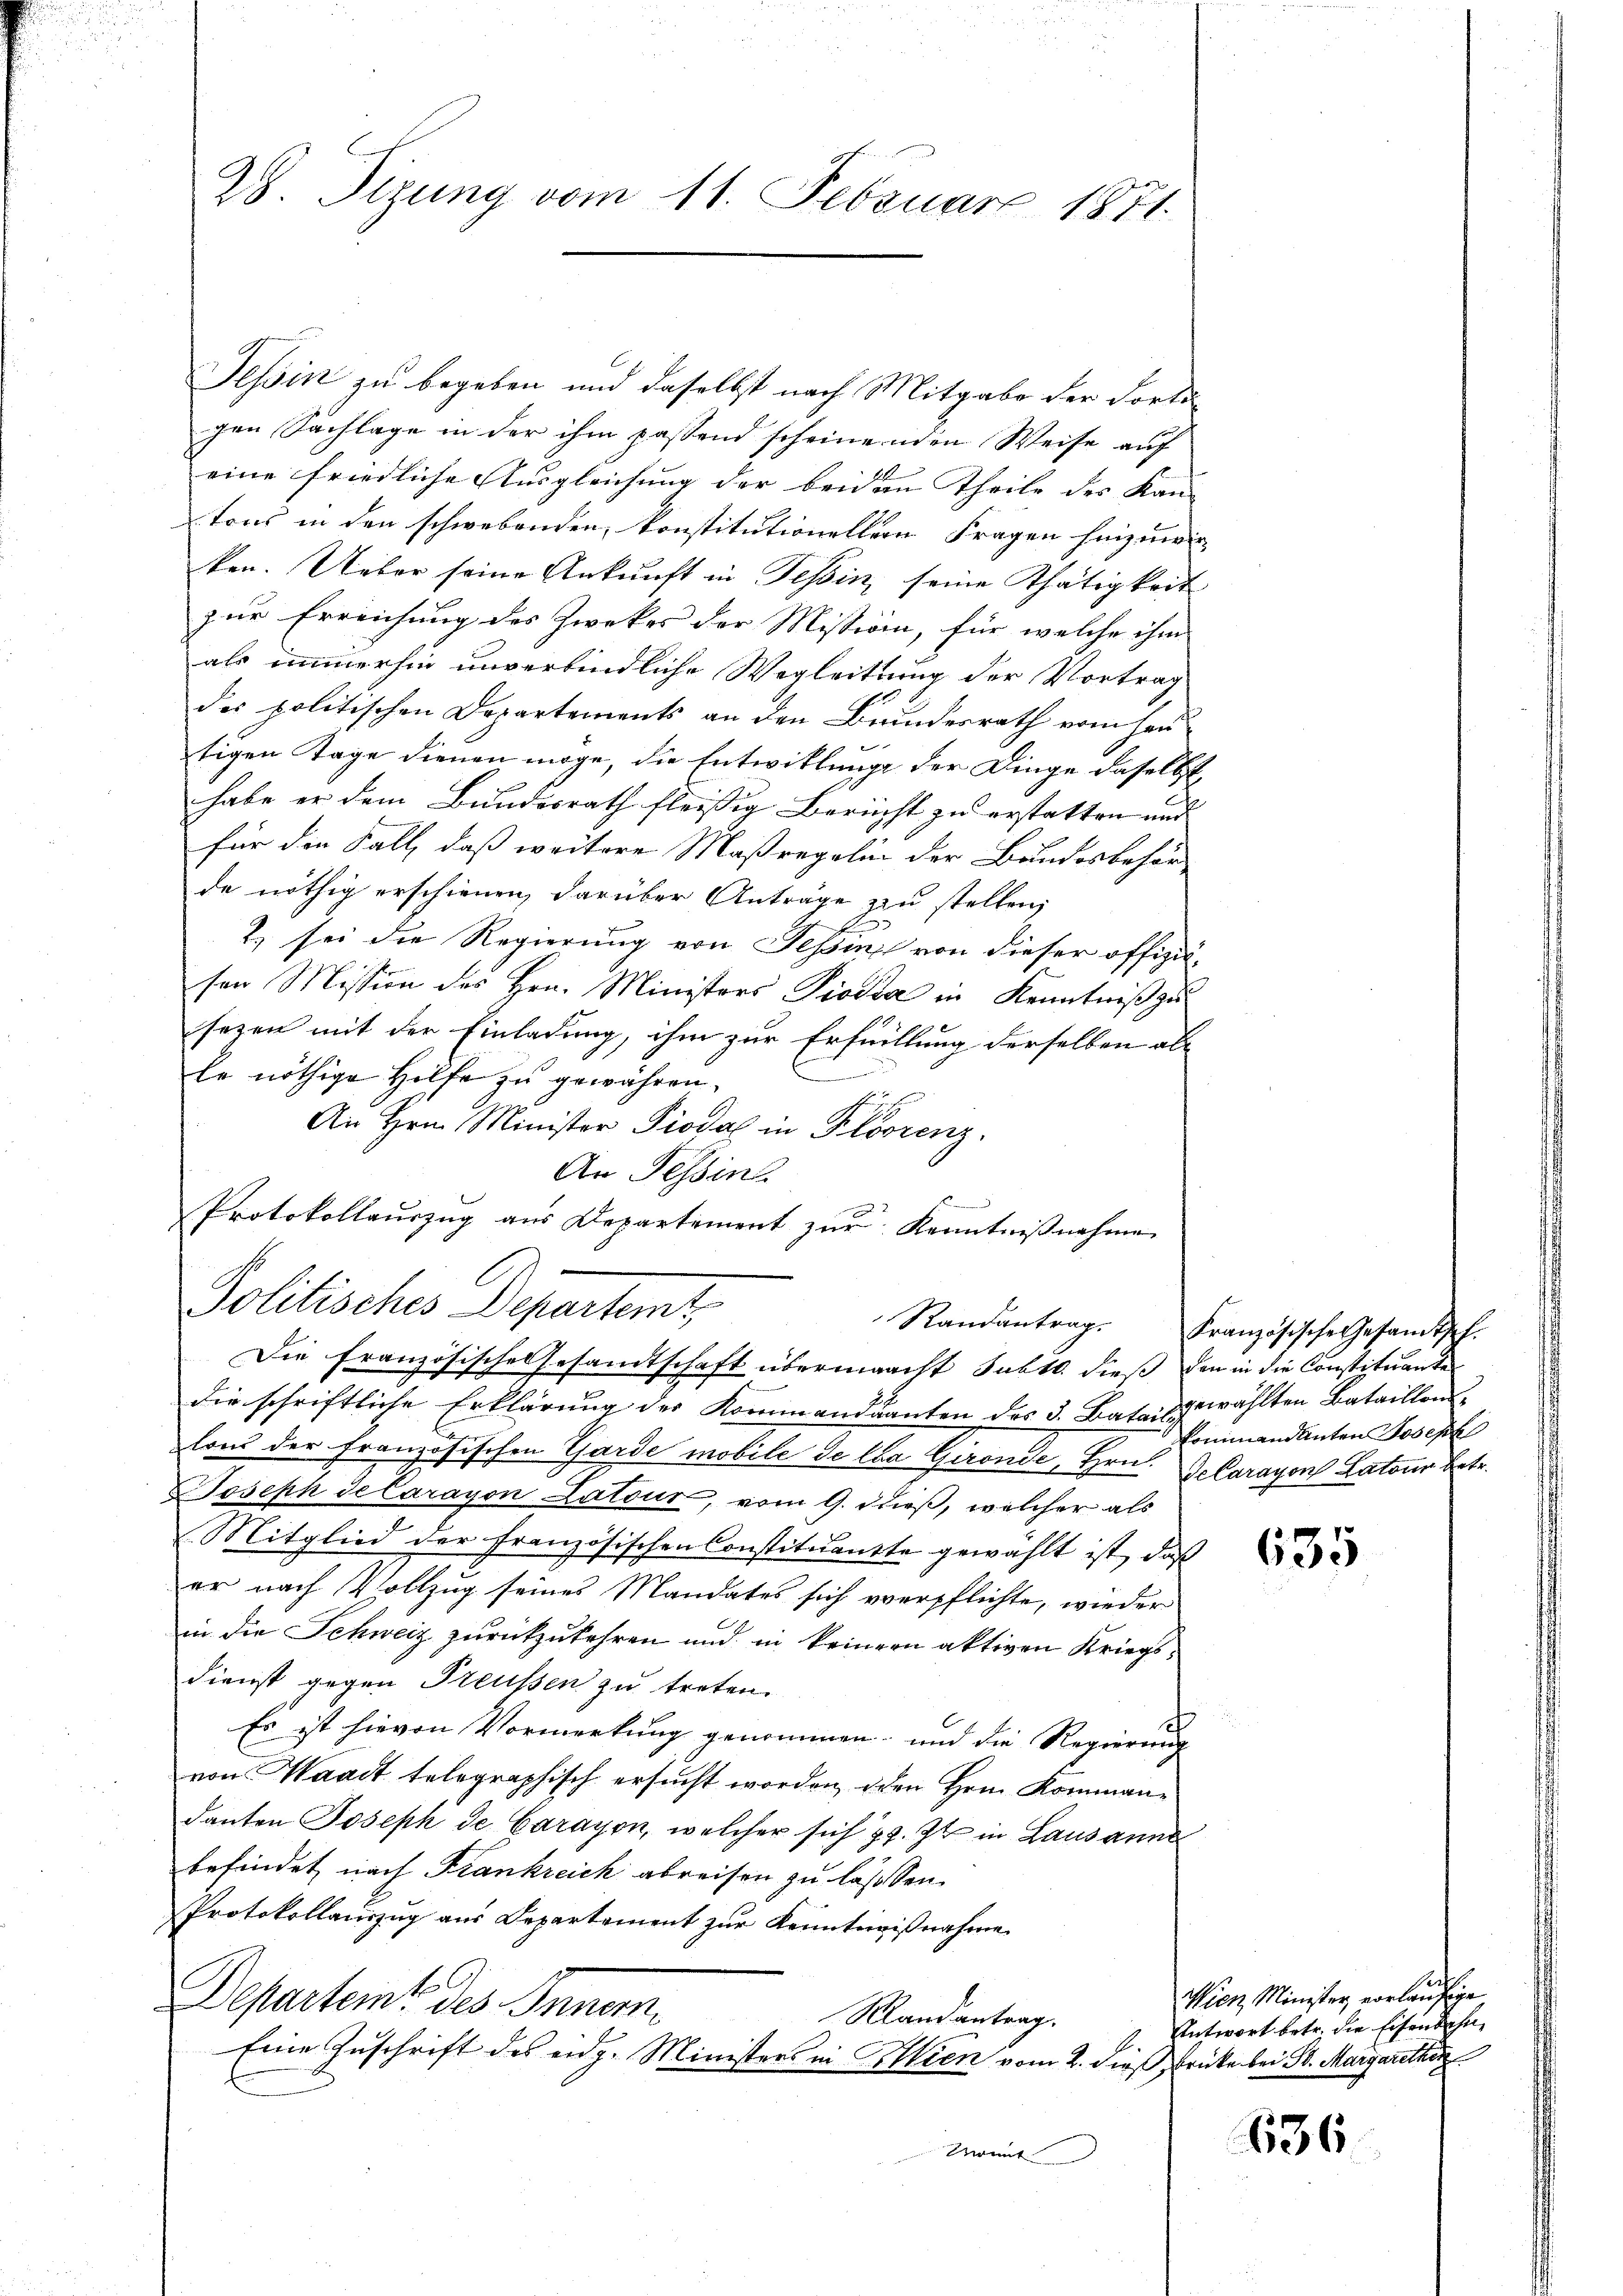
28. Sizung vom 11. Februar 1871.

Tessin zu begeben und daselbst nach Mitgabe der Forts-
gen Sachlage in der ihm passend scheinenden Weise auf
eine friedliche Ausgleichung der beiden Theile des Kan- |
tons in den schwebenden, konstitutioneller Fragen hinzuwir
ken. Ueber seine Ankunft in Tessin, seine Thätigkeit
zur Erreichung des Zweckes der Mission, für welche ihm
als immerhin unverbindliche Wegleitung der Vortrag
des politischen Departements an den Brundesrath erin heu
tigen Tage dienen möge, die Entwitlung der Dinge daselbst,
habe er dem Bundesrath fleißig Bericht zu erstatten und
für die Fall, daß weitere Maßregelin der Bundesbehör
de nöthig erschienen, darüber Anträge zu stellen,
2) sei die Regierung von Tessin von dieser offizisen Mission des Hrn. Ministers Piotta in Kenntniß zu
sezen mit der Einladung, ihm zur Erfüllung derselben als
e
le nöthige Hilfe zu gewähren.
An Hrn. Minister Piodal in Ploszenz.
An Tessin.
Protokollaŭszŭg aŭs Departement zŭr Kenntniβnahme
Politisches Departemt,

Die französische Gesamtschaft übermaacht Subtt. dieß den in die Constituante

die schriftliche Erklärung der Kommandanten des 3. Batais gewählten Bataillen
lons der Französischen Garde mobile de la Gironde, Hrn. G. Carayon Latous betr.
Joseph de Carayon Latour, vom 9. dieß, welcher als
Mitglied der französischen Constituantte gewählt ist, daß
er nach Vollzug seines Mandates sich verpflichte, wieder
in die Schweiz zurückzukehren und in keinern aktiven Kriegsdienst gegen Preußen zu treten.
Es ist hievon Vormerkung genommen, und die Regierung
von Waadt telegraphisch ersucht worden, iden Herrn Kommandanten Joseph de Carayon, welcher sich z. Zt. in Lausanne
befindet nach Frankreich abreisen zu lassen.
Protokollanzŭg aŭs Departement zŭr Kenntniβnahme
Departeme des Innern,
Mandantrag.
.
Eine Zuschrift des eidg. Ministers in Klien vom 2. dieß, Brücke bei Sr. Margarethan
Momit

Randantrag. Französische Gesandtsch.
kommandanten Joseph

635

Wien Minister vorläufige
Antwort betr. die Eisenbahn

636.